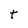
Character: t